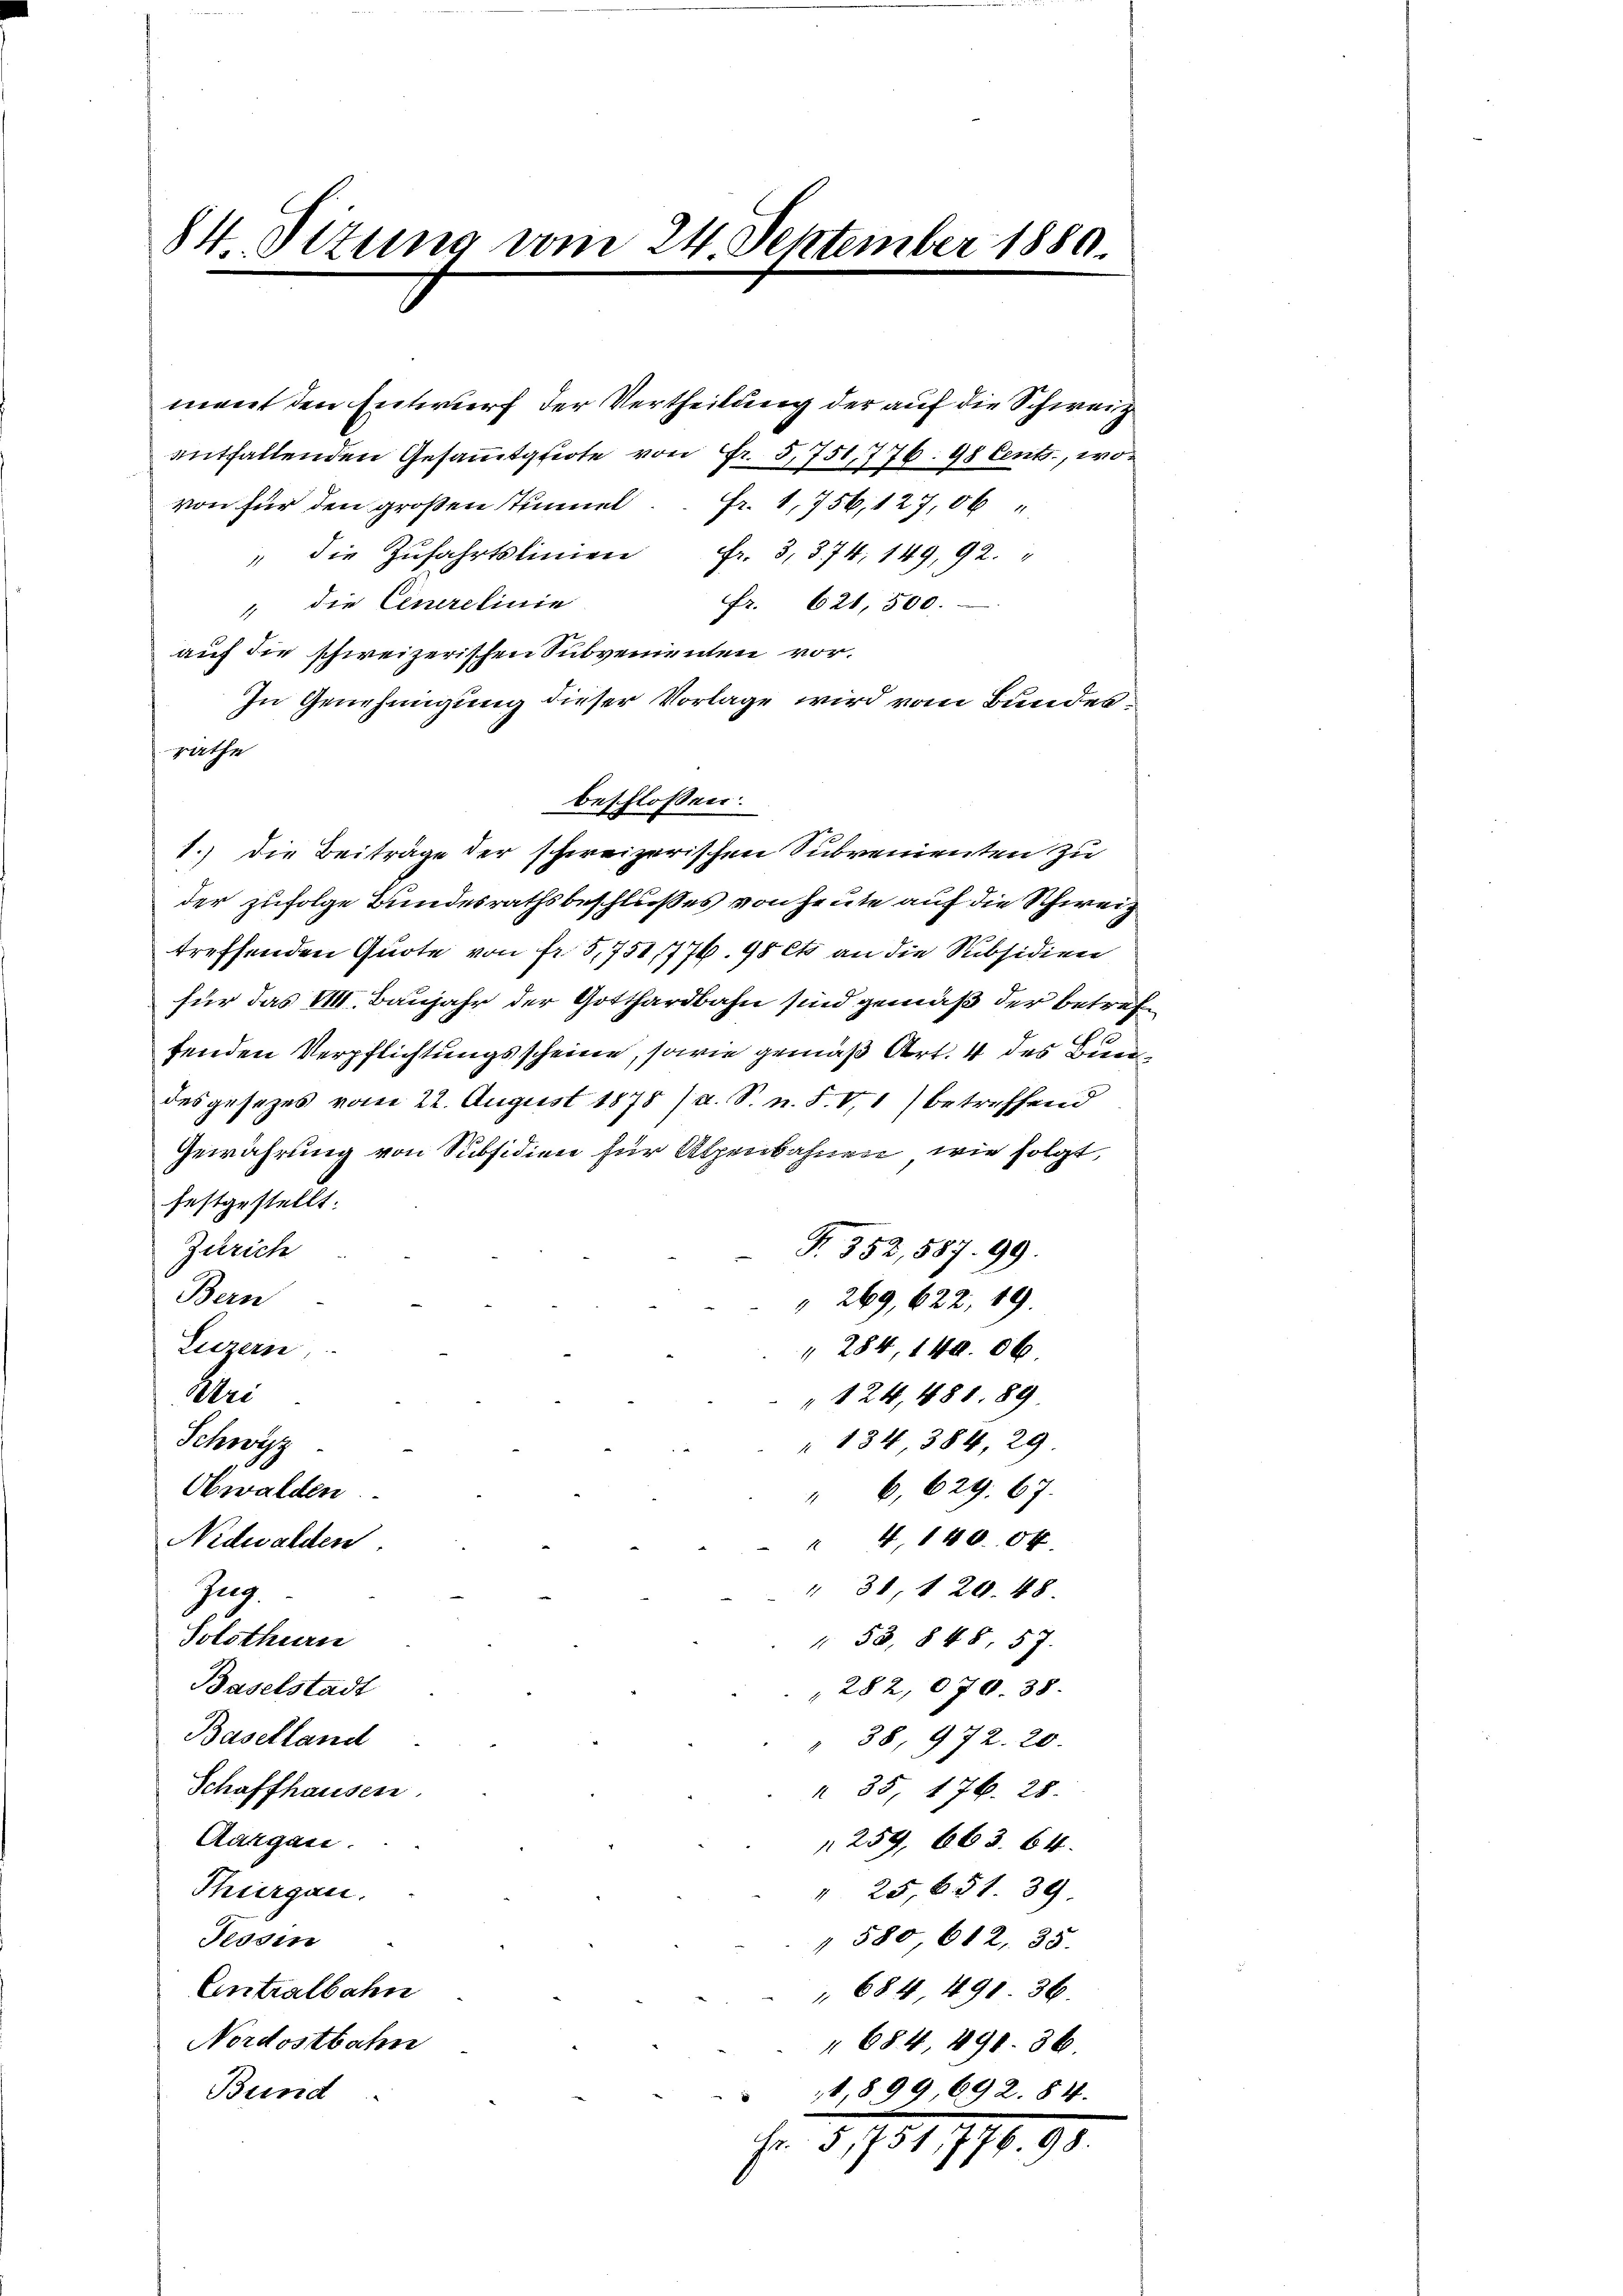
84 Titung vom 24 September 1889.

von für den großen Tunnel Fr. 1756,127,06
" die Zufahrtslinien fr. 3, 374. 149, 92.
Fr. 621,500.
 die Einerelinie
auf die schweizerischen Subvenienten vor.
In Genehmigung dieser Vorlage wird vom Bundesrathe
beschlossen:
1.) Die Beiträge der schweizerischen Subvenienten zu
der zufolge Bundesrathsbeschlußes von heute auf die Schweiz
treffenden Quote von fr 5,750,776. 98 ets an die Subsidien
für das II. Baujahr der Gotthardbahn sind gemäß der betreffenden Verpflichtungsscheine, sowie gemäß Art. 4 des Bundesgesetzes vom 22. August 1878 (a. S. n. F. V 1) betreffend
Gewährung von Subsidien für Alpenbahnen, wie folgt,
festgestellt:
Zürich
R. 352, 587. 99.
Bern
" 269, 622, 19.
Liezern,
" 284, 140. 0 x
Mei
124, 481. 89
" 134, 384, 29
Schwyz
Obwalden
" 6, 629. 67.
Nidwalden
“ 4, 14000.
" 31, 1 20. 48.
Zug.
Solothurn
 53, § 48, 57.
Baselstadt
282, 070. 38.
Baselland
" 38, 972. 20.
Schaffhausen.
 35, 176. 28.
Aargau.
 254, 663. 64.
Thurgau.
" 25, 651. 39
Tessin
 580, 612, 35.
Eintralbahn
 684 491 36
Nordostbahn
684, 491. 36
Bund
1,899, 692. 84.
Fr. 5,751 1776. 98.

ment den Entwurf der Vertheilung der auf die Schweiz
entfaltenden Gesammtguote von Fr. 5,750,776. 98 Cents., wo¬